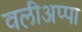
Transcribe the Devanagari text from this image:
वलीअप्पा